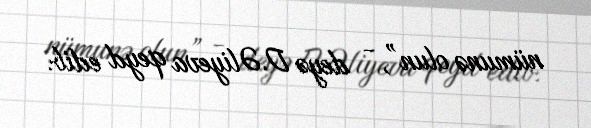
nümunə olun”, - deyə D.Əliyeva qeyd edib.